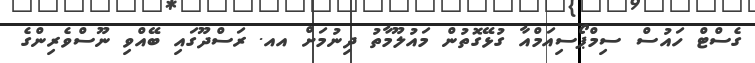
ގެސްޓް ހައުސް ސިމްޕޯސިއަމްއާ ގުޅޭގޮތުން މައުލޫމާތު ދިނުމަށް އއ. ރަސްދޫގައި ބޭއްވި ނޫސްވެރިންގެ